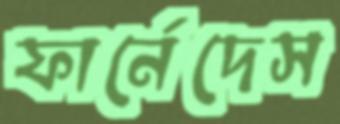
ফার্নেদেস